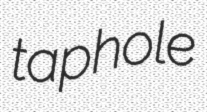
taphole